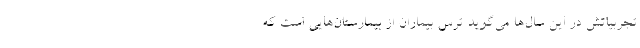
تجربیاتش در این سال‌ها می‌گوید ترس بیماران از بیمارستان‌هایی است که